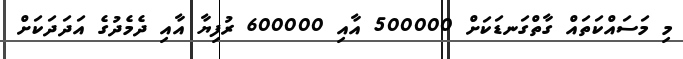
މި މަސައްކަތައް ގާތްގަނޑަކަށް 500000 އާއި 600000 ރުފިޔާ އާއި ދެމެދުގެ އަދަދަކަށް